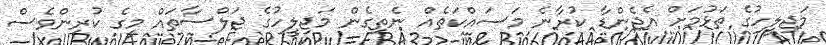
މަޖިލީހުގެ ތަޅުމަށް އެޖެންޑާ ކުރާނެ މަސައްކަތެއް ނެތިގެން މަޖިލީހުގެ ޖަލްސާތައް މީގެ ކުރިންވެސް